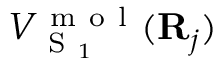
V _ { \mathrm { ~ S ~ } _ { 1 } } ^ { \mathrm { ~ m ~ o ~ l ~ } } ( { \bf { R } } _ { j } )